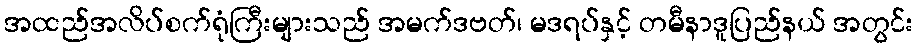
အထည်အလိပ်စက်ရုံကြီးများသည် အမက်ဒဗတ်၊ မဒရပ်နှင့် တမီနာဒူပြည်နယ် အတွင်း